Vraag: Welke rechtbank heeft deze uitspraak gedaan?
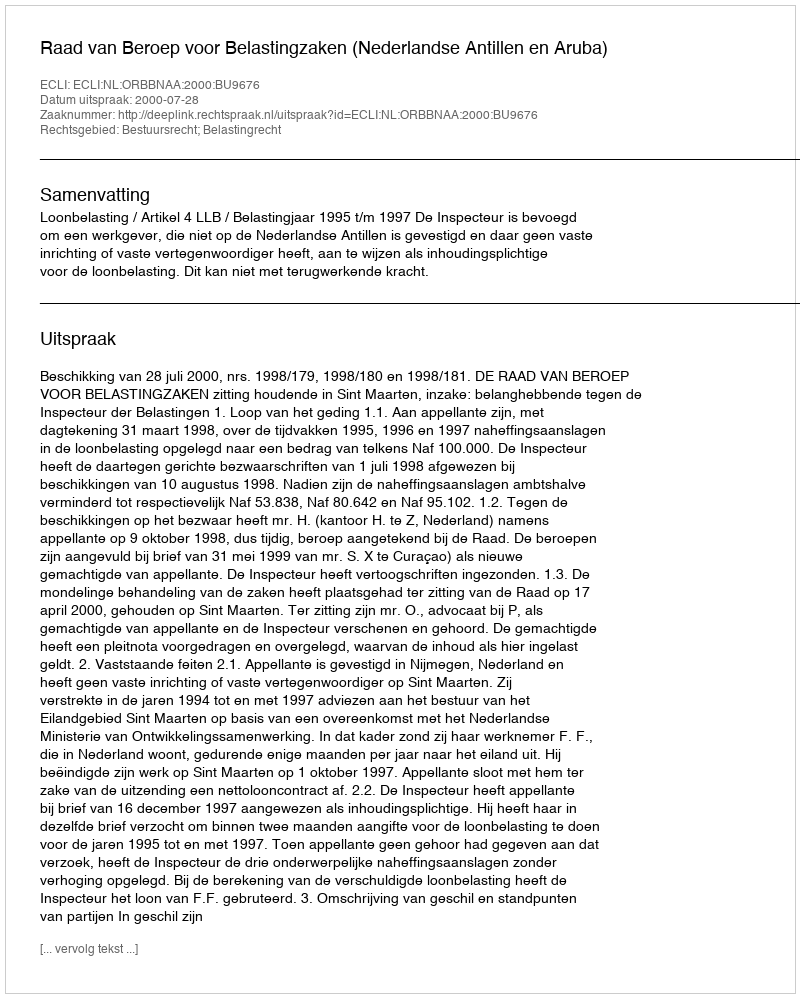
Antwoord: Raad van Beroep voor Belastingzaken (Nederlandse Antillen en Aruba)